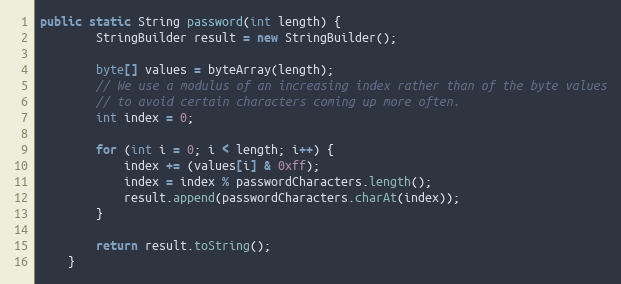
Language: Java
public static String password(int length) {
        StringBuilder result = new StringBuilder();

        byte[] values = byteArray(length);
        // We use a modulus of an increasing index rather than of the byte values
        // to avoid certain characters coming up more often.
        int index = 0;

        for (int i = 0; i < length; i++) {
            index += (values[i] & 0xff);
            index = index % passwordCharacters.length();
            result.append(passwordCharacters.charAt(index));
        }

        return result.toString();
    }